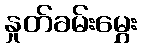
နှုတ်ခမ်းမွှေး